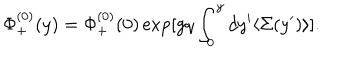
\Phi _ { + } ^ { ( 0 ) } ( y ) = \Phi _ { + } ^ { ( 0 ) } ( 0 ) \exp [ g q \int _ { 0 } ^ { y } d y ^ { \prime } \langle \Sigma ( y ^ { \prime } ) \rangle ] .